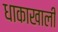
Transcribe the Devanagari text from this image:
धाकाखाली